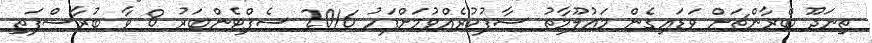
ތިނަދޫ ބްރާންޗަށް ވަޑައިގެން މަޢުލޫމާތު ސާފުކުރެއްވުމަށްފަހު 2016 ސެޕްޓެންބަރު 8 ވާ ބުރާސްފަތި